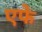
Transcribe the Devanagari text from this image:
एफे